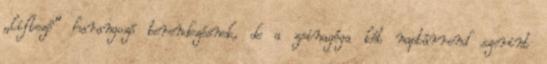
„liftezô” harangozó berendezésnek, de a zsinagóga két naptárrend szerint